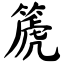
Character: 篪